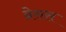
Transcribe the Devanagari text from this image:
ब्रेसस